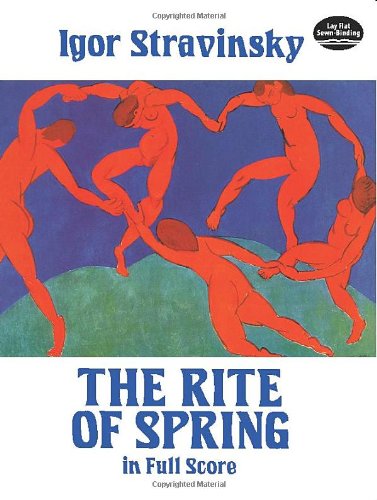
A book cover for The Rite of Spring in Full Score (Dover Music Scores); Igor Stravinsky; Humor & Entertainment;